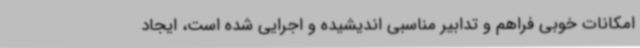
امکانات خوبی فراهم و تدابیر مناسبی اندیشیده و اجرایی شده است، ایجاد